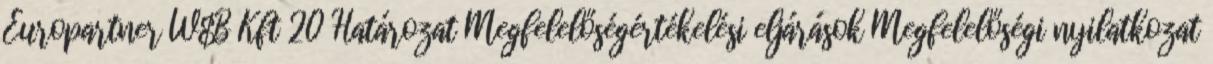
Europartner W&B Kft 20 Határozat Megfelelőségértékelési eljárások Megfelelőségi nyilatkozat